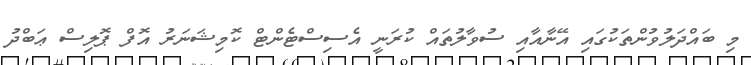
މި ބައްދަލުވުންތަކުގައި އޭނާއާއި ސުވާލުތައް ކުރަނީ އެސިސްޓެންޓް ކޮމިޝަނަރު އޮފް ޕޮލިސް ޢަބްދު